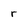
Character: r